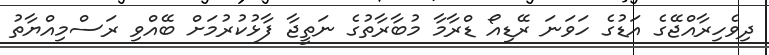
ދިވެހިރާއްޖޭގެ އަޑުގެ ހަވަނަ ރޭޑިއޯ ޑްރާމާ މުބާރާތުގެ ނަތީޖާ ފާޅުކުރުމަށް ބޭއްވި ރަސްމިއްޔާތު